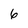
Character: 6